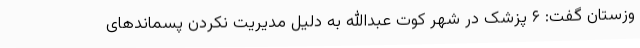
وزستان گفت: ۶ پزشک در شهر کوت عبدالله به دلیل مدیریت نکردن پسماندهای